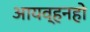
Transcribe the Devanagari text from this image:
आयव्हनहो